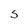
Character: S